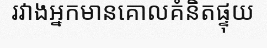
រវាងអ្នកមានគោលគំនិតផ្ទុយ